Leaving Certificate Examination, 1903
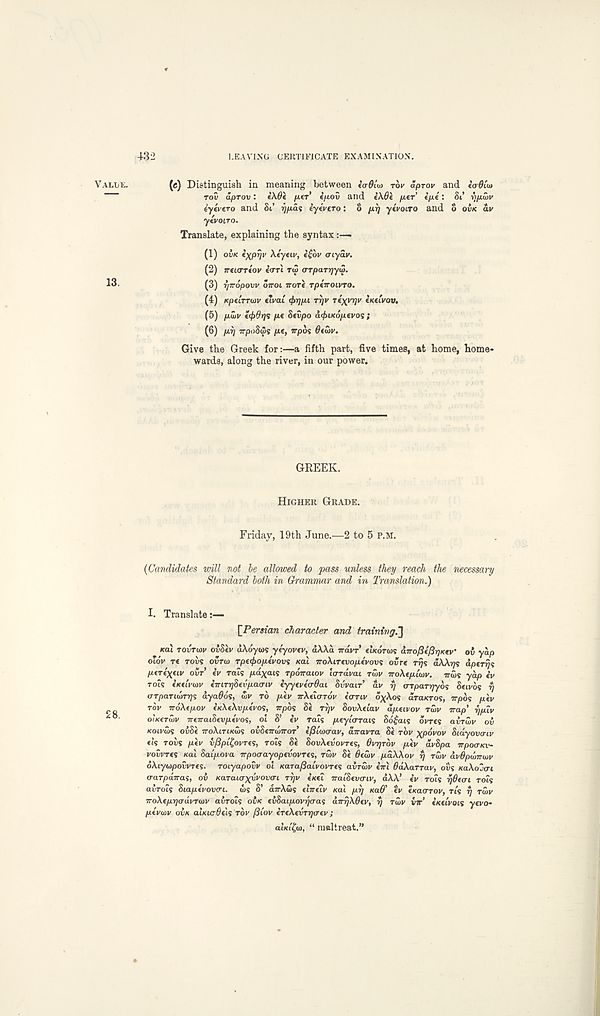
432
LEAVING CERTIFICATE EXAMINATION.
(c) Distinguish in meaning between «o-0iu> TOU aprov and codiut
TOV aprov: e\0c per’ ipov and i\6k per ipe: 81 Yjpwv
iy& ero and Si’ rjpas iyiviro: o pr) ytvovro and o OVK
ylvoiro.
Translate, explaining the syntax
(1) OVK eXPV 1 ' teyw,
aiyav.
(2) jr«i<TT€ov COT! TW trrparijytS.
(3) rjiropovv OTTOI wore rptiroivro.
(4) Kptirroiv eivai ffrrjpi rtjv rixyrjv txt’vov.
(5) ptLv
pc Scvpo acfriKopevos ;
(6) pr/ irpoSwt pf, irpos Ocoiv.
Give the Greek for:—a fifth part, five times, at home, home-
wards, along the river, in our power.
GREEK.
HIGHER GRADE.
Friday, 19th June.—2 to 5 P.M.
{Candidates will not be allowed to pass unless they reach the necessary
Standard both in Grammar and in Translation.)
I. Translate
[Persian character and training."]
Kai rovTinv ov8ev dXoyios ytyovcv, a\\a irdvr’ CIKOTWS airoPcftyKcv’ ov yap
ofov re TOVS ovrw rpc(f>opcvov9 xal iroXircvopcvovs ovre rrjs d\Xrj<; apcrq^
pcrcxnv ovr cv rals pdxais rpoiraiov iarrdvai raiv iroXcpiwv. irw? yap ev
7019 C’KCCIW cmrq8cvpaariv cyycvcaOai Svvair av rj orparijyos Setvos rj
(TTparuorys dya^ds, <uv rd pev irXtiarov eo-rtv d^Aos draKros, irpos pcv
TOV iroXipov cKXcXvpevo<;, vpbs 8e rrjv SovXclav dpcivov rwv Trap' rjpiv
oiKcraiv TreTrai8cvpcvo<s, ol S’ cv rats pcyi<rrai9 Sd£ais ovres avrwv oh
KOLVS)<; ov8c TroXiTtKox; ohScTrioTTOT ifiluxTav, a7ravTa 8c rov xpdvov Sidy ova iv
els rovs pcv v/3pi£ovTcs, TO 19 Si 8OVXCVOVTC9, OvrjTov pcv dvSpa irpoo-Kv-
VOVVTC9 xai Saipova TrpoaayopcvovTC9, T!OV 8c dewv pdXXov rj TU>V avdpwirwv
6Xiyu)povvTC9. roiyapovv oi Kara/JaiVovres avruiv ciri OaXarrav, ovs xaXojai
aaTpairas, oh Karaiaxvvovai TTJV CKCL valScvaiv, dXX’ cv rois rjBcai rots
ahroL9 Siapcvovci. w9 S’ dirAws clirctv xai pij xaO’ tv cKacrrov, ns fj T<OV
TToXcprjadvrwv avrois OVK chSaipovrjaas dnrjXOcv, rj TOIV VTT’ CKUVOIS yevo-
pcvwv OVK alxurOcU TOV fStov cTcXcvrqo-cv ;
aiKi^o), “ niftltreat.”